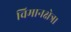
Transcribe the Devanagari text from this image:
विमानक्षेत्र।